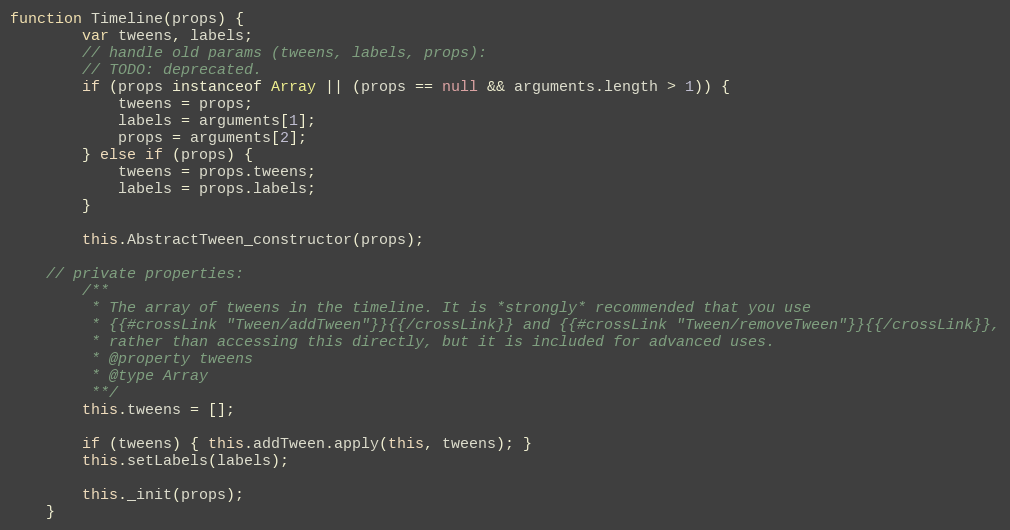
Language: JavaScript
function Timeline(props) {
		var tweens, labels;
		// handle old params (tweens, labels, props):
		// TODO: deprecated.
		if (props instanceof Array || (props == null && arguments.length > 1)) {
			tweens = props;
			labels = arguments[1];
			props = arguments[2];
		} else if (props) {
			tweens = props.tweens;
			labels = props.labels;
		}

		this.AbstractTween_constructor(props);

	// private properties:
		/**
		 * The array of tweens in the timeline. It is *strongly* recommended that you use
		 * {{#crossLink "Tween/addTween"}}{{/crossLink}} and {{#crossLink "Tween/removeTween"}}{{/crossLink}},
		 * rather than accessing this directly, but it is included for advanced uses.
		 * @property tweens
		 * @type Array
		 **/
		this.tweens = [];

		if (tweens) { this.addTween.apply(this, tweens); }
		this.setLabels(labels);

		this._init(props);
	}